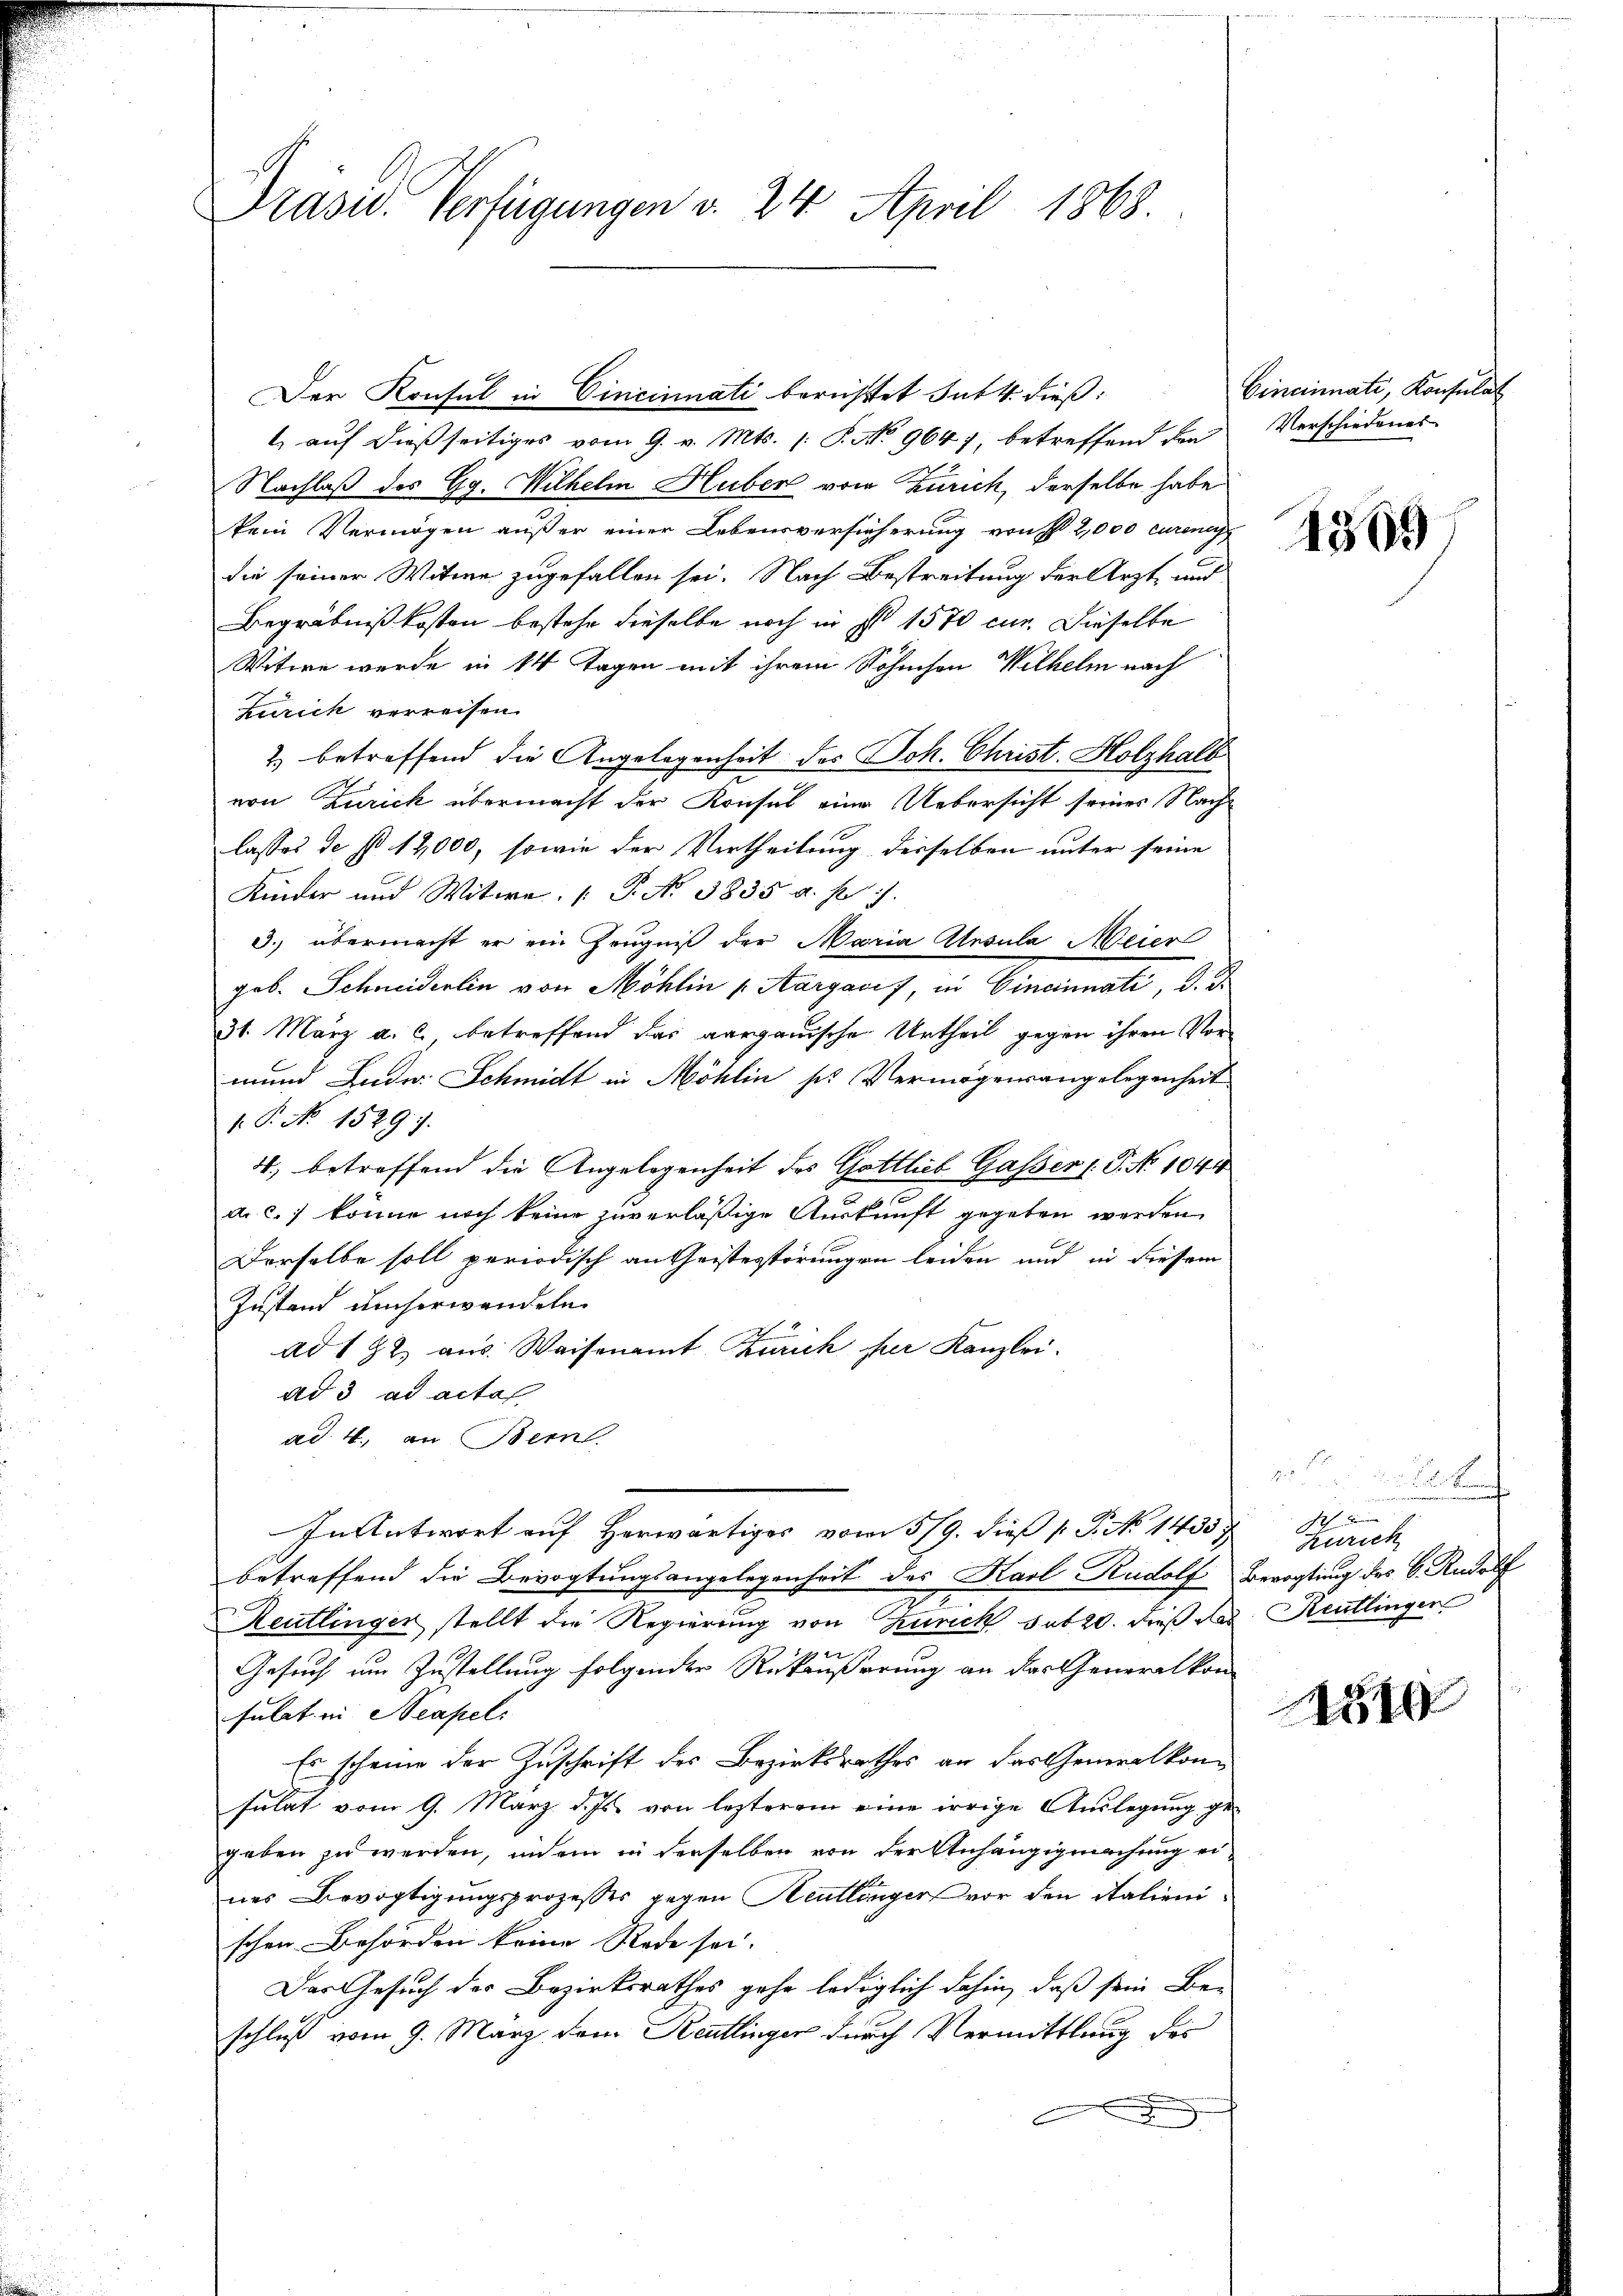
1 auf dießseitiges vom 9. v. Mts. (: P. No. 9647, betreffend den Verschiedenes
Nachlaß des Gg. Wilhelm Huben vom Zürich, derselbe habe
kein Vermögen außer einer Lebensversicherung von 2,000 curene
die seiner Witwe zugefallen sei. Nach Bestreitung der Arzt und
Begräbnißkosten bestehe dieselbe noch in s 1570 cur. Dieselbe
Witwe wurde in 14 Tagen mit ihrem Söhnchen Wilhelm nach
Zürich verreisen.
2) betreffend die Angelegenheit des Joh. Christ. Holzhalb
von Zürich übermacht der Konsul eine Uebersicht seines Nachlasses de No 12,000, sowie der Vertheilung derselben unter seine
Kinder und Witwe P. No. 1835. a. p. 1
3. übermacht er ein Zeugniß der Maria Atesula Meier
geb. Schneiderlin von Möhlin v. Aargacif, in Cincinnati, d. d.
31. März a. c. betreffend das aargauische Urtheil gegen ihren Vormund Lude. Schmidt in Möhlin sr Vermögensangelegenheit
1. P. No 1529. 7.
4., betreffend die Angelegenheit des Gottlieb Gasser 1. P. No 1044
d c.) könne noch keine zuverläßige Auskunft gegeben werden
Derselbe soll periodisch an Geisterstörungen leiden und in diesem
Zustand umserwandeln.
ad 182, aus. Waisenamt Zürich per Kanzlei.
ad 3. ad acta
ad 4. an Bern
In Antwort auf herwärtiges vom 5/9. dieß 1 P. No 1433
betreffend die Bevogtungsangelegenheit des Karl Rudolf
Reutlinger stellt die Regierung von Zürich sub 20. dieß das Reutlinger
Gesuch um Zustellung folgender Rükäußerung an der Generalkonsulat in Neapel
Es scheine der Zuschrift des Bezirksrathes an das Generalkonsulat vom 9. März d. Js. von lezterem eine irrige Auslegung gegeben zu werden, indem in derselben von der Anhängigmachung eines Bevogtigungsprozesses gegen Heutlinger vor den italienischen Behörden keine Rede sei.
Das Gesuch des Bezirksrathes gehe lediglich dahin, daß sein Be-
schluß vom 9. März dem Reutlinger durch Vermittlung des
s

Präsid. Verfügungen v. 24. April 1868.

Der Konsul in Cincinati berichttet sub 4. dieß:

Cincinati, Konsulat

4369

.
Ich den
Zürich
Berogtung des C. Rudolf

251